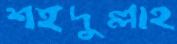
শইদুল্লাহ